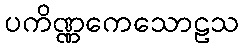
ပကိဏ္ဏကေသောဠသ